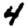
Digit: 4